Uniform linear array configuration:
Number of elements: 12
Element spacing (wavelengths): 0.75
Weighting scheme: cosine
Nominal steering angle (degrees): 15
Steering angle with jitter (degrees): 15.286
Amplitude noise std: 0.05
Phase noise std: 0.05

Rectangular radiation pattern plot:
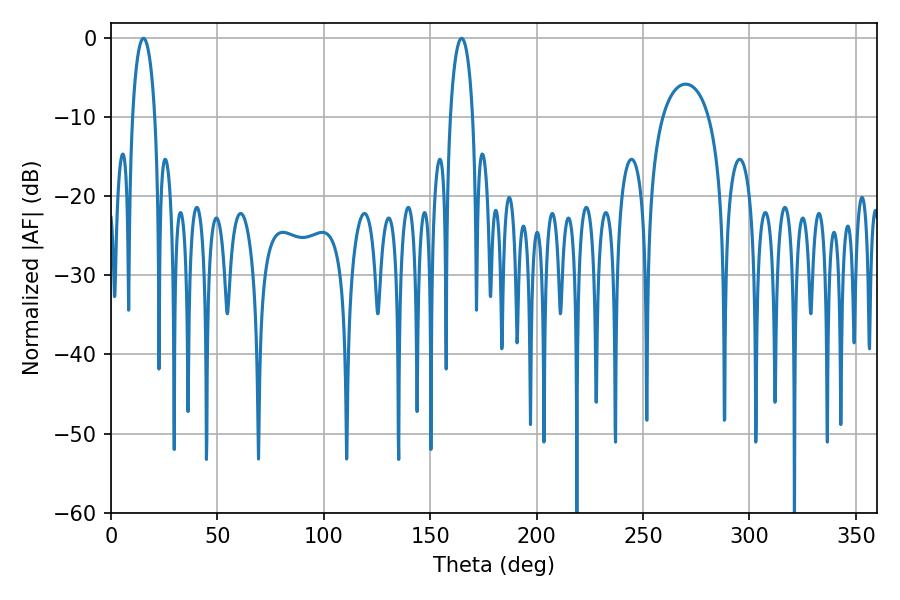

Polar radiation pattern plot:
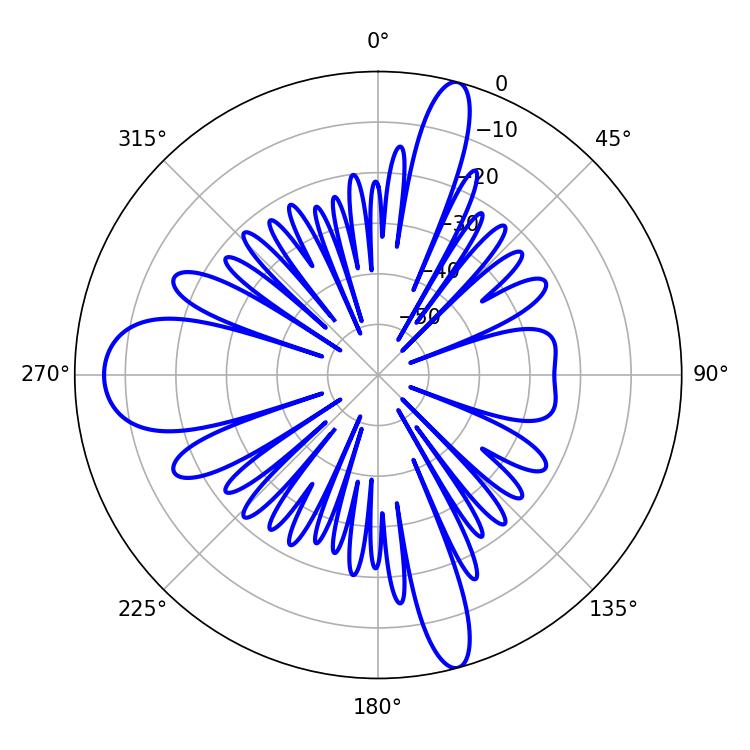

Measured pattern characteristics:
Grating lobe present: TRUE
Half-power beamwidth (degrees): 6.12
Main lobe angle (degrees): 15.3